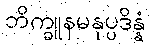
ဘိက္ခူနမနုပ္ပဒိန္နံ